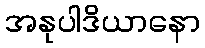
အနုပါဒိယာနော